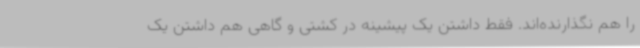
را هم نگذارنده‌اند. فقط داشتن یک پیشینه در کشتی و گاهی هم داشتن یک